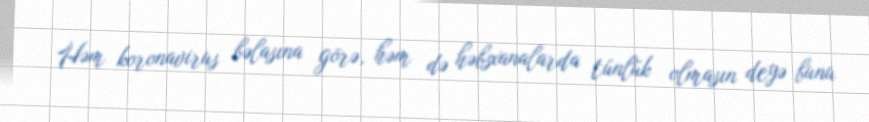
Həm koronavirus bəlasına görə, həm də həbsxanalarda tünlük olmasın deyə bunu